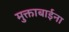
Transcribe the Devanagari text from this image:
मुक्ताबाईना